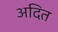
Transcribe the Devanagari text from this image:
अदित